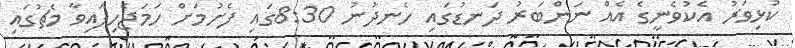
ކުޅިވަރު އެކުވެނީގެ އެއް ނަންބަރު ދަނޑުގައި ހެނދުނު 8:30ގައި ފެށުމަށް ހަމަޖެހިފައިވާ މެޗުގައި